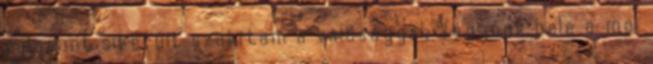
valamint sikerült szakítani a valósággal. Vágjunk bele a mai